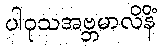
ပါဝုသအဗ္ဘမာလိနိံ